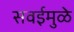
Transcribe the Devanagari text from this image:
सवईमुळे